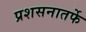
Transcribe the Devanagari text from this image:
प्रशसनातर्फे